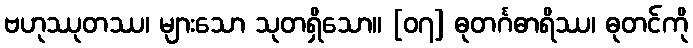
ဗဟုဿုတဿ၊ များသော သုတရှိသော။ [၀၇] ဓုတင်္ဂဓာရိဿ၊ ဓုတင်ကို